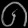
Digit: ၈